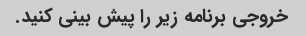
خروجی برنامه زیر را پیش بینی کنید.